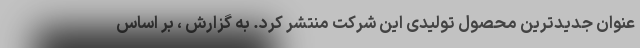
عنوان جدیدترین محصول تولیدی این شرکت منتشر کرد. به گزارش ، بر اساس